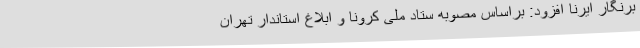
برنگار ایرنا افزود: براساس مصوبه ستاد ملی کرونا و ابلاغ استاندار تهران